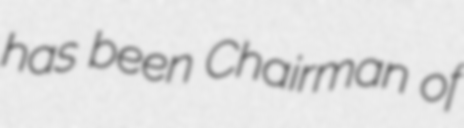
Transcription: has been Chairman of